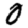
Digit: 0